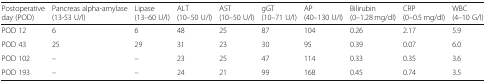
<table><thead><tr><td><b>Postoperative day (POD)</b></td><td><b>Pancreas alpha-amylase (13-53 U/l)</b></td><td><b>Lipase (13–60 U/l)</b></td><td><b>ALT (10–50 U/l)</b></td><td><b>AST (10–50 U/l)</b></td><td><b>gGT (10–71 U/l)</b></td><td><b>AP (40–130 U/l)</b></td><td><b>Bilirubin (0–1.28 mg/dl)</b></td><td><b>CRP (0–0.5 mg/dl)</b></td><td><b>WBC (4–10 G/l)</b></td></tr></thead><tbody><tr><td>POD 12</td><td>6</td><td>6</td><td>48</td><td>25</td><td>87</td><td>104</td><td>0.26</td><td>2.17</td><td>5.9</td></tr><tr><td>POD 43</td><td>25</td><td>29</td><td>31</td><td>23</td><td>30</td><td>95</td><td>0.39</td><td>0.07</td><td>6.0</td></tr><tr><td>POD 102</td><td>–</td><td>–</td><td>23</td><td>25</td><td>47</td><td>114</td><td>0.33</td><td>0.35</td><td>3.6</td></tr><tr><td>POD 193</td><td>–</td><td>–</td><td>24</td><td>21</td><td>99</td><td>168</td><td>0.45</td><td>0.74</td><td>3.5</td></tr></tbody></table>